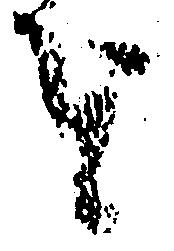
を